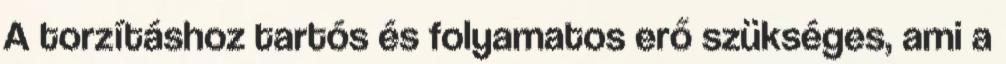
A torzításhoz tartós és folyamatos erő szükséges, ami a